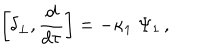
LaTeX: \left[ \delta _ { \perp } , { \frac { d } { d \tau } } \right] = - \kappa _ { 1 } \; \Psi _ { 1 } \, ,